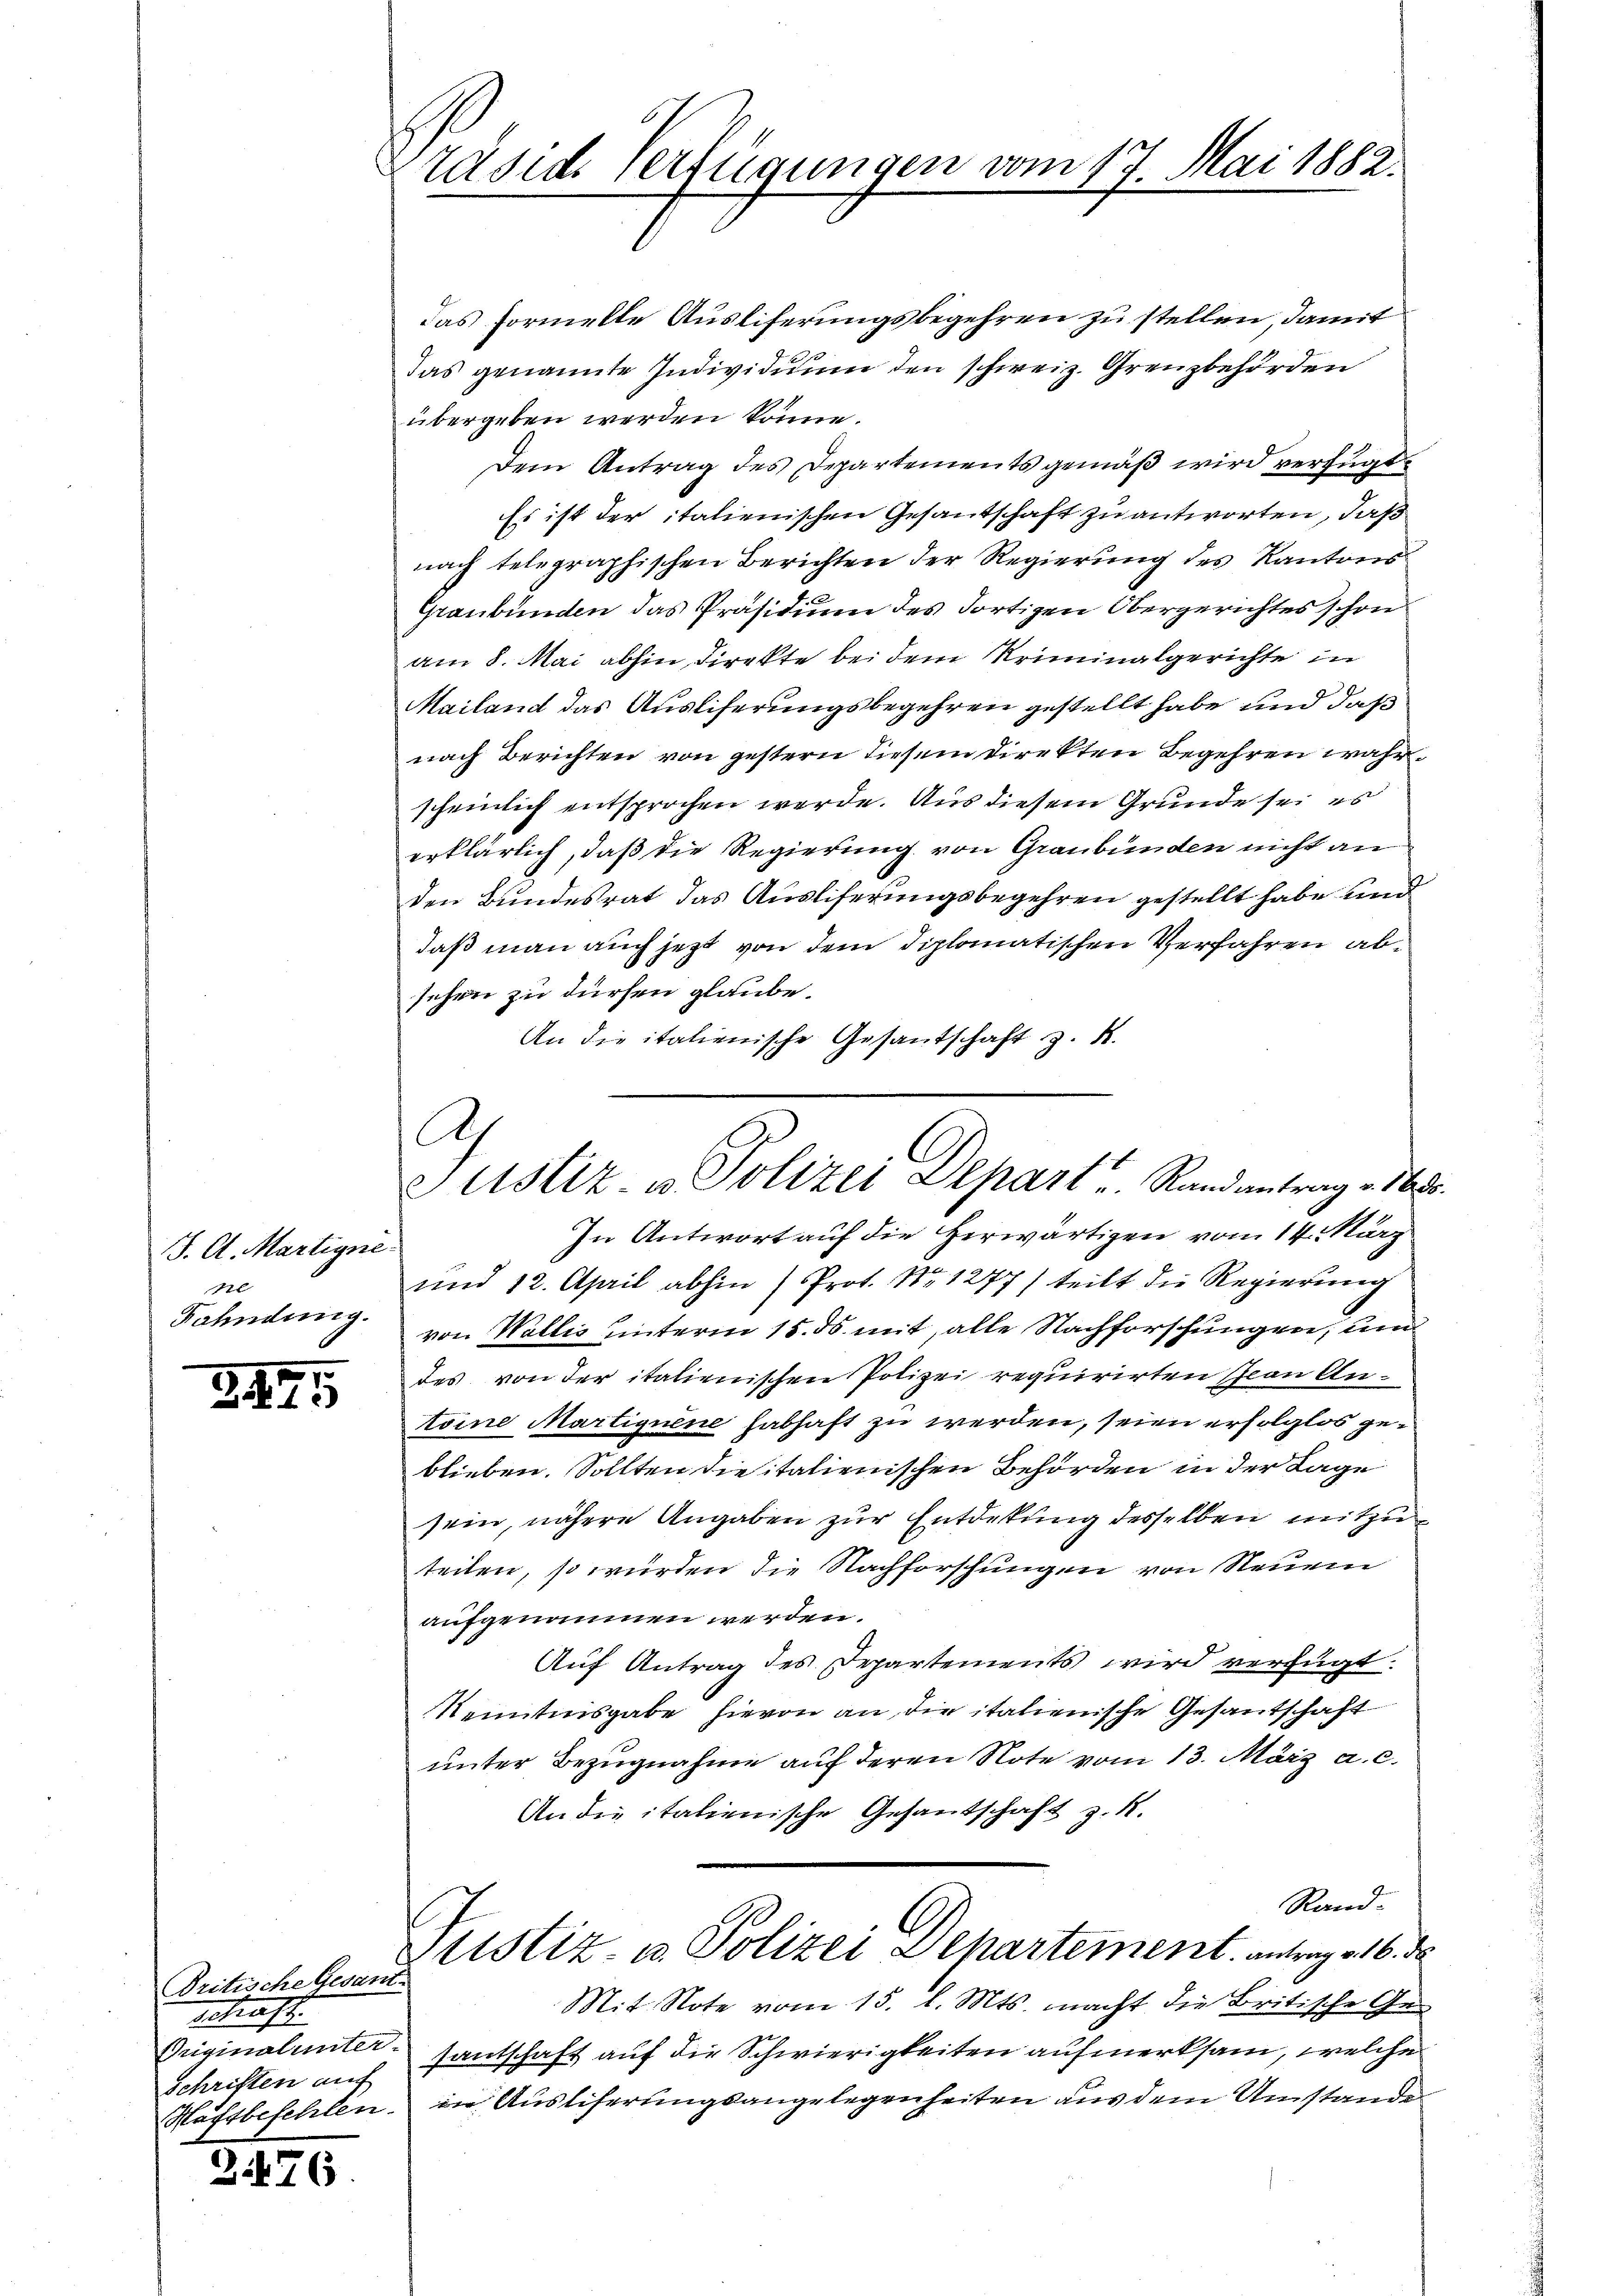
J. A. Martigne.
Fahndung.

39

125

Britische Gesant.
Schraft.
Originalunter-
Schriften auf
Haftbefehlen.

176

Präside verfügungen vom 17. Mai 1882.

das formelle Ausliferungsbegehren zu stellen, damit
das genannte Individuum den schweiz. Grenzbehörden
übergeben werden könne.
Dem Antrag des Departements gemäß wird verfügt:
Es ist der italienischen Gesantschaft zu antworten, daß
nach telegraphischen Berichten der Regierung des Kantons¬
Graubünden das Präsidium des dortigen Obergerichtes schon
am 8. Mai abhin, Direkte bei dem Kriminalgerichte in
Mailand das Ausliferungsbegehren gestellt habe und daß
nach Berichten von gestern diesem Direkten Begehren wahrscheinlich entsprochen werde. Aus diesem Grunde sei es
erklärlich, daß die Regierung von Graubünden nicht an
den Bundesrat das Ausliferungsbegehren gestellt habe und
daß man auch jezt von dem diplomatischen Verfahren absehen zu dürfen glaube.
An die italienische Gesandschaft z. S.

Ah
Justiz- u. Polizei Depart u. Randantrag v. 1685.

In Antwort auf die herwärtigen vom 14. März
und 12. April abhin (Prot. No 1277) teilt die Regierung
von Wallis unterm 15. ds. mit, alle Nachforschungen, un
des von der italienischen Polizei requirirten Jean Antoine Martigene habhaft zu werden, seien erfolglos geblieben. Sollten die italienischen Behörden in der Lage
sein, nähere Angaben zur Entdekung desselben mitzuteilen, so würden die Nachforschungen von Neuem
aufgenommen werden.
Auf Antrag des Departements wird verfügt:
Kenntnisgabe hievon an die italienische Gesantschaft
unter Bezugnahme auf deren Note vom 13. März a. c.
An die italienische Gesandschaft z. R.
Rand.
Justiz- u. Polizei Dehartement antrag v. 6. d
Mit. Note vom 15. l. Mts. macht die Britische Ge-
santschaft auf die Schwierigkeiten aufmerksam, welche
in Ausliferungsangelegenheiten aus dem Umstande